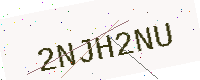
Text: 2NJH2NU